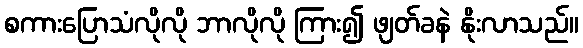
စကားပြောသံလိုလို ဘာလိုလို ကြား၍ ဖျတ်ခနဲ နိုးလာသည်။